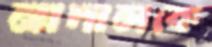
নাদালকে